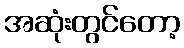
အဆုံးတွင်တော့